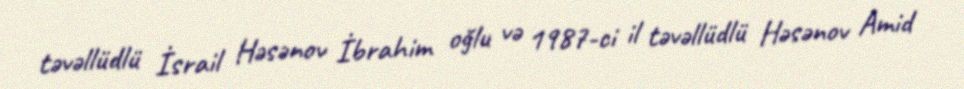
təvəllüdlü İsrail Həsənov İbrahim oğlu və 1987-ci il təvəllüdlü Həsənov Amid